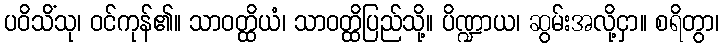
ပဝိသိံသု၊ ဝင်ကုန်၏။ သာဝတ္ထိယံ၊ သာဝတ္ထိပြည်သို့။ ပိဏ္ဍာယ၊ ဆွမ်းအလို့ငှာ။ စရိတွာ၊